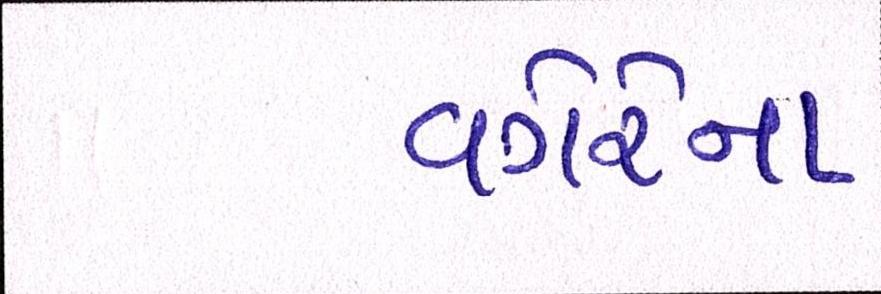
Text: વગેરેના